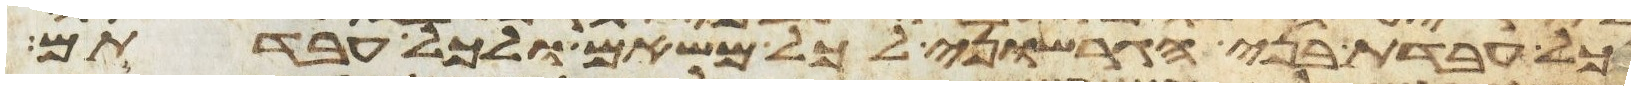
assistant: כל עבדת בני הגרשוני לכל משאם ולכל עבדתם